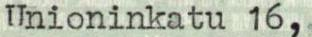
Unioninkatu 16,